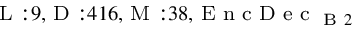
_ { \textrm { L } : 9 , \textrm { D } : 4 1 6 , \textrm { M } : 3 8 , \textrm { E n c D e c } _ { \textrm { B } 2 } }